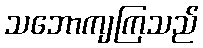
သဘောကျကြသည်